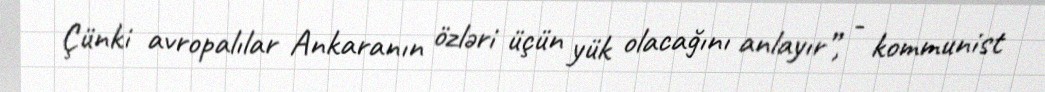
Çünki avropalılar Ankaranın özləri üçün yük olacağını anlayır”, - kommunist